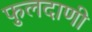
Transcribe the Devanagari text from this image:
फुलदाणी